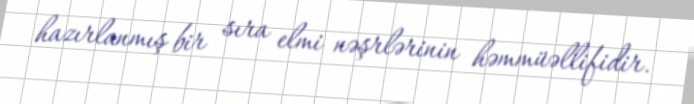
hazırlanmış bir sıra elmi nəşrlərinin həmmüəllifidir.